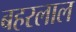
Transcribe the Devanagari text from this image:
बहरलाल